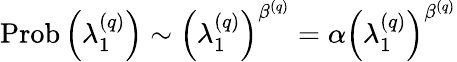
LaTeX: \operatorname{Prob}\left(\lambda_{1}^{\left(q\right)}\right)\sim\left(\lambda_{1}^{\left(q\right)}\right)^{\beta^{\left(q\right)}}=\alpha\left(\lambda_{1}^{\left(q\right)}\right)^{\beta^{\left(q\right)}}